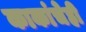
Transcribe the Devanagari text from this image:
काकांचेही